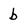
Character: b